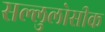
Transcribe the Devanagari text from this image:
सल्लुलोसीक